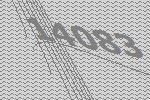
14083